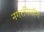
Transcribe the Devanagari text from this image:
नगरनिर्माण